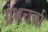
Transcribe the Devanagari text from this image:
ग्रंथचर्चा